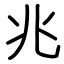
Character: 兆